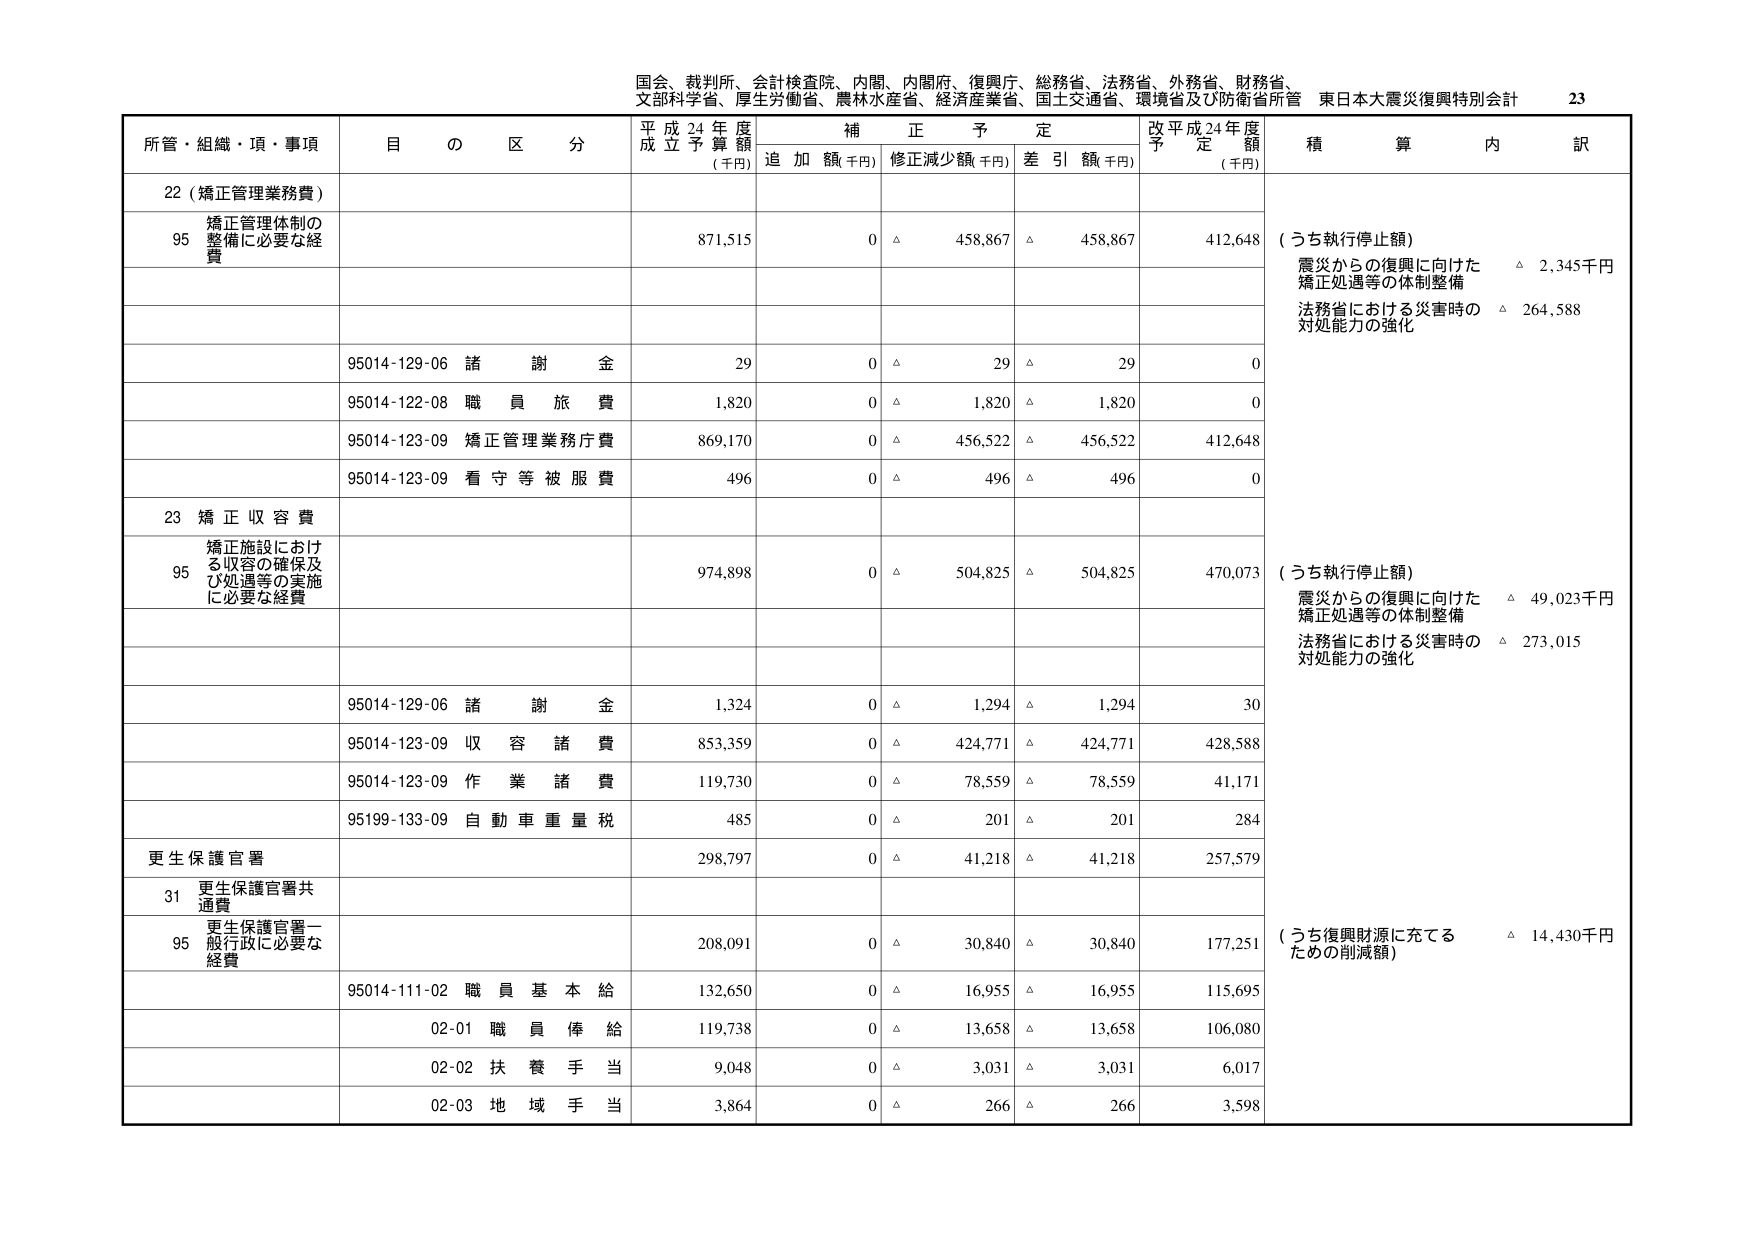
国会、裁判所、会計検査院、内閣、内閣府、復興庁、総務省、法務省、外務省、財務省、
文部科学省、厚生労働省、農林水産省、経済産業省、国土交通省、環境省及び防衛省所管 東日本大震災復興特別会計 23

所管・組織・項・事項 目 の 区 分 平成24年度 成立予算額 (千円) 補正予定 追加額(千円) 修正減少額(千円) 差引額(千円) 改平成24年度 予定額 (千円) 積算内訳

22（矯正管理業務費）
95 矯正管理体制の 整備に必要な経費 871,515 0 △ 458,867 △ 458,867 412,648 （うち執行停止額）
震災からの復興に向けた 矯正処遇等の体制整備 △ 2,345千円
法務省における災害時の 対処能力の強化 △ 264,588

95014-129-06 諸謝金 29 0 △ 29 △ 29 0
95014-122-08 職員旅費 1,820 0 △ 1,820 △ 1,820 0
95014-123-09 矯正管理業務庁費 869,170 0 △ 456,522 △ 456,522 412,648
95014-123-09 看守等被服費 496 0 △ 496 △ 496 0

23 矯正収容費
95 矯正施設における収容の確保及び処遇等の実施に必要な経費 974,898 0 △ 504,825 △ 504,825 470,073 （うち執行停止額）
震災からの復興に向けた 矯正処遇等の体制整備 △ 49,023千円
法務省における災害時の 対処能力の強化 △ 273,015

95014-129-06 諸謝金 1,324 0 △ 1,294 △ 1,294 30
95014-123-09 収容諸費 853,359 0 △ 424,771 △ 424,771 428,588
95014-123-09 作業諸費 119,730 0 △ 78,559 △ 78,559 41,171
95199-133-09 自動車重量税 485 0 △ 201 △ 201 284

更生保護官署 298,797 0 △ 41,218 △ 41,218 257,579
31 更生保護官署共通費
95 更生保護官署一般行政に必要な経費 208,091 0 △ 30,840 △ 30,840 177,251 （うち復興財源に充てるための削減額） △ 14,430千円
95014-111-02 職員基本給 132,650 0 △ 16,955 △ 16,955 115,695
02-01 職員俸給 119,738 0 △ 13,658 △ 13,658 106,080
02-02 扶養手当 9,048 0 △ 3,031 △ 3,031 6,017
02-03 地域手当 3,864 0 △ 266 △ 266 3,598